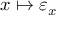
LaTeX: x \mapsto \varepsilon _ { x }